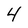
Character: 4